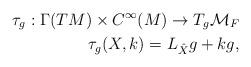
LaTeX: \begin{align*}\tau_g:\Gamma(TM)\times C^\infty(M)\rightarrow T_g{\cal M}_F\\\tau_g(X,k)=L_{\hat X}g+kg,\end{align*}